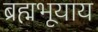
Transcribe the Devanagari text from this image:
ब्रह्मभूयाय